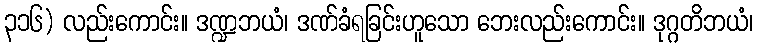
၃၁၆) လည်းကောင်း။ ဒဏ္ဍဘယံ၊ ဒဏ်ခံရခြင်းဟူသော ဘေးလည်းကောင်း။ ဒုဂ္ဂတိဘယံ၊